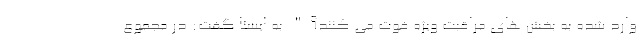
وارد شده به بخش های مراقبت ویژه فوت می کنند؟" به ایسنا گفت: در مجموع